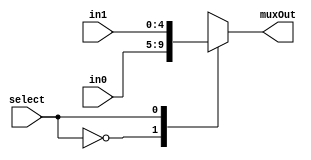
/*###################################################################################
Note: Please dont upload the assignments, template file/solution and lab. manual on GitHub or others public repository. 
It violates the BITSs Intellectual Property Rights (IPR).
************************************************************************************/
//IF select is 0 then muxout is in0. IF select is 1 then muxout is in1. 
module mux2to1_5bits(input [4:0] in0, input [4:0] in1, input select, output reg [4:0] muxOut);
    //Write Your Code Here
	 always@(in0, in1, select)
    begin
        case(select)
            1'b0: muxOut = in0;
            1'b1: muxOut = in1;
        endcase
    end
endmodule